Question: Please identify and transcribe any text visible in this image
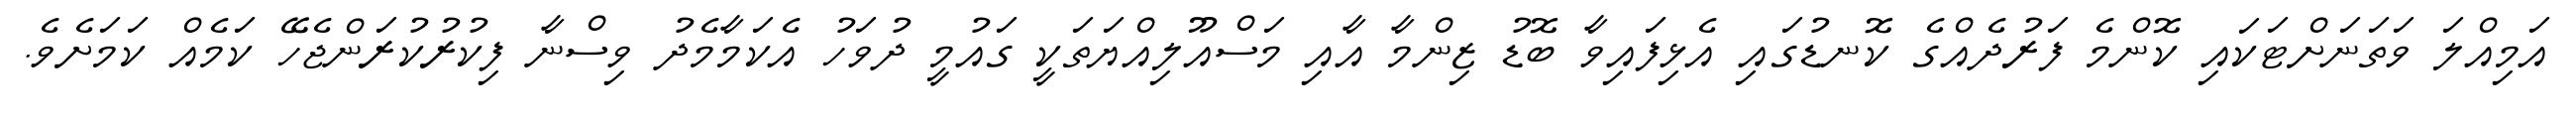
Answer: އަމިއްލަ ވަތަނަށްޓަކައި ކޮންމެ ފަރުދެއްގެ ކޮނޑުގައި އެޅިފައިވާ ބޮޑު ޒިންމާ އާއި މަސްއޫލިއްޔަތަކީ ގައުމީ ދުވަހު އެކަމާމެދު ވިސްނާ ފިކުރުކުރަންޖެހޭ ކަމެއް ކަމަށެވެ.